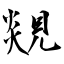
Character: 覢